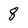
Character: 8